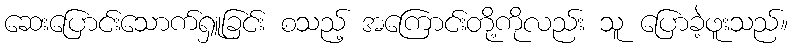
ဆေးပြောင်းသောက်ရှူခြင်း စသည့် အကြောင်းတို့ကိုလည်း သူ ပြောခဲ့ဖူးသည်။